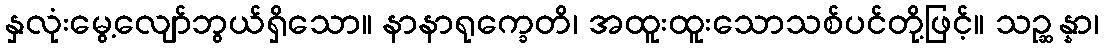
နှလုံးမွေ့လျော်ဘွယ်ရှိသော။ နာနာရုက္ခေတိ၊ အထူးထူးသောသစ်ပင်တို့ဖြင့်။ သဉ္ဆန္နာ၊